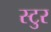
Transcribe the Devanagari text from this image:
स्टुर